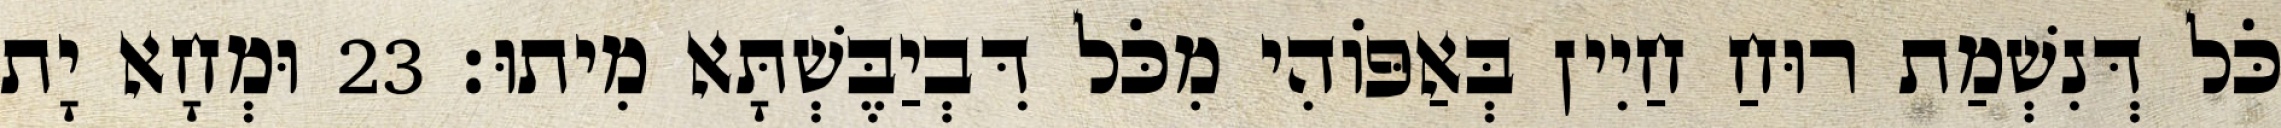
כֹּל דְּנִשְׁמַת רוּחַ חַיִין בְּאַפּוֹהִי מִכֹּל דִּבְיַבֶּשְׁתָּא מִיתוּ׃ 23 וּמְחָא יָת